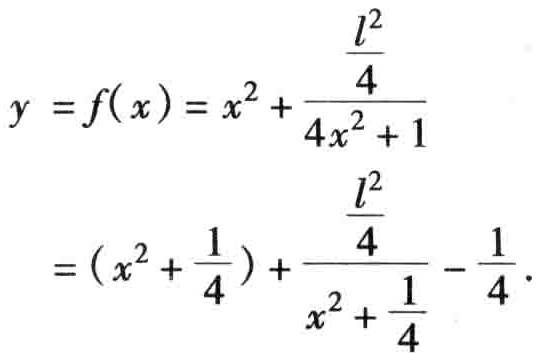
\[
\begin{align*}
y = f(x)&=x^{2}+\frac{\frac{l^{2}}{4}}{4x^{2}+1}\\
&=(x^{2}+\frac{1}{4})+\frac{\frac{l^{2}}{4}}{x^{2}+\frac{1}{4}}-\frac{1}{4}
\end{align*}
\]